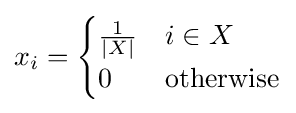
x_{i}={\begin{cases}{\frac {1}{|X|}}&i\in X\\0&{\text{otherwise}}\end{cases}}